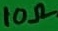
Text: 10Ω